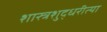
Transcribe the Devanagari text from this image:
शास्त्रशुद्धरीत्या